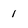
Character: 1